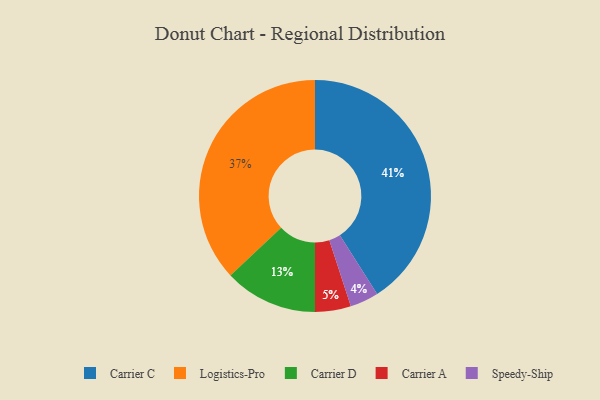
{"axis": {"x": "Category", "y": "Percentage"}, "legend": ["Carrier A", "Carrier C", "Carrier D", "Logistics-Pro", "Speedy-Ship"], "data": [{"x": "Logistics-Pro", "y": 37, "type": "Logistics-Pro"}, {"x": "Carrier A", "y": 5, "type": "Carrier A"}, {"x": "Carrier C", "y": 41, "type": "Carrier C"}, {"x": "Carrier D", "y": 13, "type": "Carrier D"}, {"x": "Speedy-Ship", "y": 4, "type": "Speedy-Ship"}]}